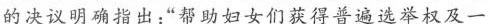
的决议明确指出：”帮助妇女们获得普遍选举权及一